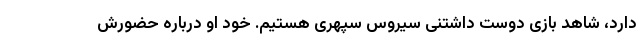
دارد، شاهد بازی دوست داشتنی سیروس سپهری هستیم. خود او درباره حضورش